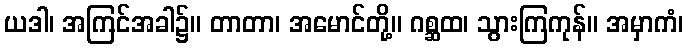
ယဒါ၊ အကြင်အခါ၌။ တာတာ၊ အမောင်တို့။ ဂစ္ဆထ၊ သွားကြကုန်။ အမှာကံ၊